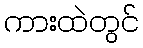
ကားထဲတွင်